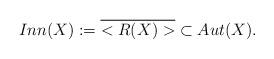
LaTeX: \begin{align*}Inn(X):= \overline{<R(X)>}\subset Aut(X).\end{align*}